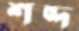
শব্দ